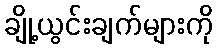
ချို့ယွင်းချက်များကို